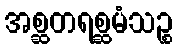
အစ္ဆတရစ္ဆမံသဉ္စ